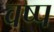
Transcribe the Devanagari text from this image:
वष्प